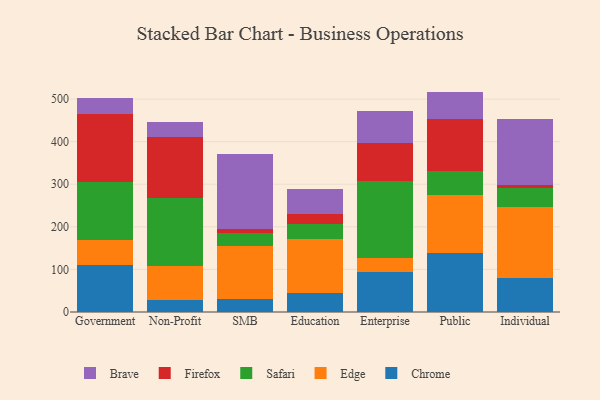
{"axis": {"x": "Segment", "y": "Shipments"}, "legend": ["Brave", "Chrome", "Edge", "Firefox", "Safari"], "data": [{"x": "Government", "y": 111.3, "type": "Chrome"}, {"x": "Government", "y": 58.2, "type": "Edge"}, {"x": "Government", "y": 135.7, "type": "Safari"}, {"x": "Government", "y": 159.8, "type": "Firefox"}, {"x": "Government", "y": 37.7, "type": "Brave"}, {"x": "Non-Profit", "y": 27.7, "type": "Chrome"}, {"x": "Non-Profit", "y": 81.4, "type": "Edge"}, {"x": "Non-Profit", "y": 159.6, "type": "Safari"}, {"x": "Non-Profit", "y": 142.0, "type": "Firefox"}, {"x": "Non-Profit", "y": 36.3, "type": "Brave"}, {"x": "SMB", "y": 29.4, "type": "Chrome"}, {"x": "SMB", "y": 124.5, "type": "Edge"}, {"x": "SMB", "y": 32.5, "type": "Safari"}, {"x": "SMB", "y": 8.3, "type": "Firefox"}, {"x": "SMB", "y": 177.2, "type": "Brave"}, {"x": "Education", "y": 44.4, "type": "Chrome"}, {"x": "Education", "y": 127.1, "type": "Edge"}, {"x": "Education", "y": 34.4, "type": "Safari"}, {"x": "Education", "y": 24.0, "type": "Firefox"}, {"x": "Education", "y": 58.1, "type": "Brave"}, {"x": "Enterprise", "y": 93.1, "type": "Chrome"}, {"x": "Enterprise", "y": 34.4, "type": "Edge"}, {"x": "Enterprise", "y": 179.5, "type": "Safari"}, {"x": "Enterprise", "y": 90.6, "type": "Firefox"}, {"x": "Enterprise", "y": 74.9, "type": "Brave"}, {"x": "Public", "y": 139.4, "type": "Chrome"}, {"x": "Public", "y": 134.6, "type": "Edge"}, {"x": "Public", "y": 56.6, "type": "Safari"}, {"x": "Public", "y": 123.5, "type": "Firefox"}, {"x": "Public", "y": 63.5, "type": "Brave"}, {"x": "Individual", "y": 80.5, "type": "Chrome"}, {"x": "Individual", "y": 165.7, "type": "Edge"}, {"x": "Individual", "y": 44.3, "type": "Safari"}, {"x": "Individual", "y": 6.9, "type": "Firefox"}, {"x": "Individual", "y": 156.1, "type": "Brave"}]}